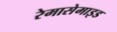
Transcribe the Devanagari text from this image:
रेमासेमाइड